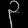
Digit: ၃